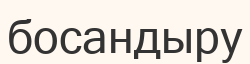
босандыру